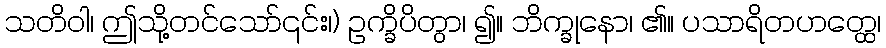
သတိဝါ၊ ဤသို့တင်သော်၎င်း၊) ဥက္ခိပိတွာ၊ ၍။ ဘိက္ခုနော၊ ၏။ ပသာရိတဟတ္ထေ၊